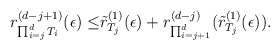
\begin{align*}r_{\prod_{i=j}^d T_i}^{(d-j+1)}(\epsilon)\leq&\tilde{r}^{(1)}_{T_j}(\epsilon)+r_{\prod_{i=j+1}^d}^{(d-j)}(\tilde{r}^{(1)}_{T_j}(\epsilon)).\end{align*}